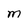
Character: M